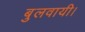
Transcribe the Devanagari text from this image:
बुलवायी।